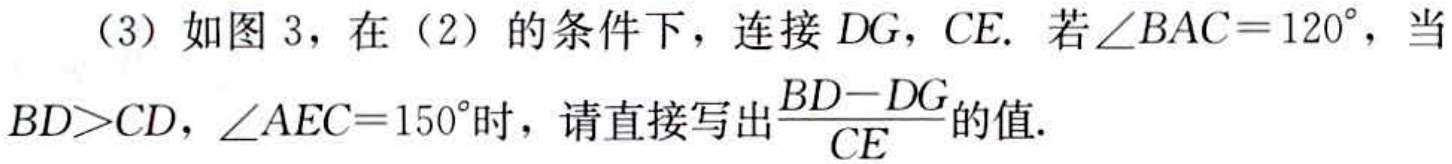
（3）如图 3，在（2）的条件下，连接 \(DG\)，\(CE\). 若\(\angle BAC = 120^{\circ}\)，当\(BD>CD\)，\(\angle AEC = 150^{\circ}\)时，请直接写出\(\frac{BD - DG}{CE}\)的值.